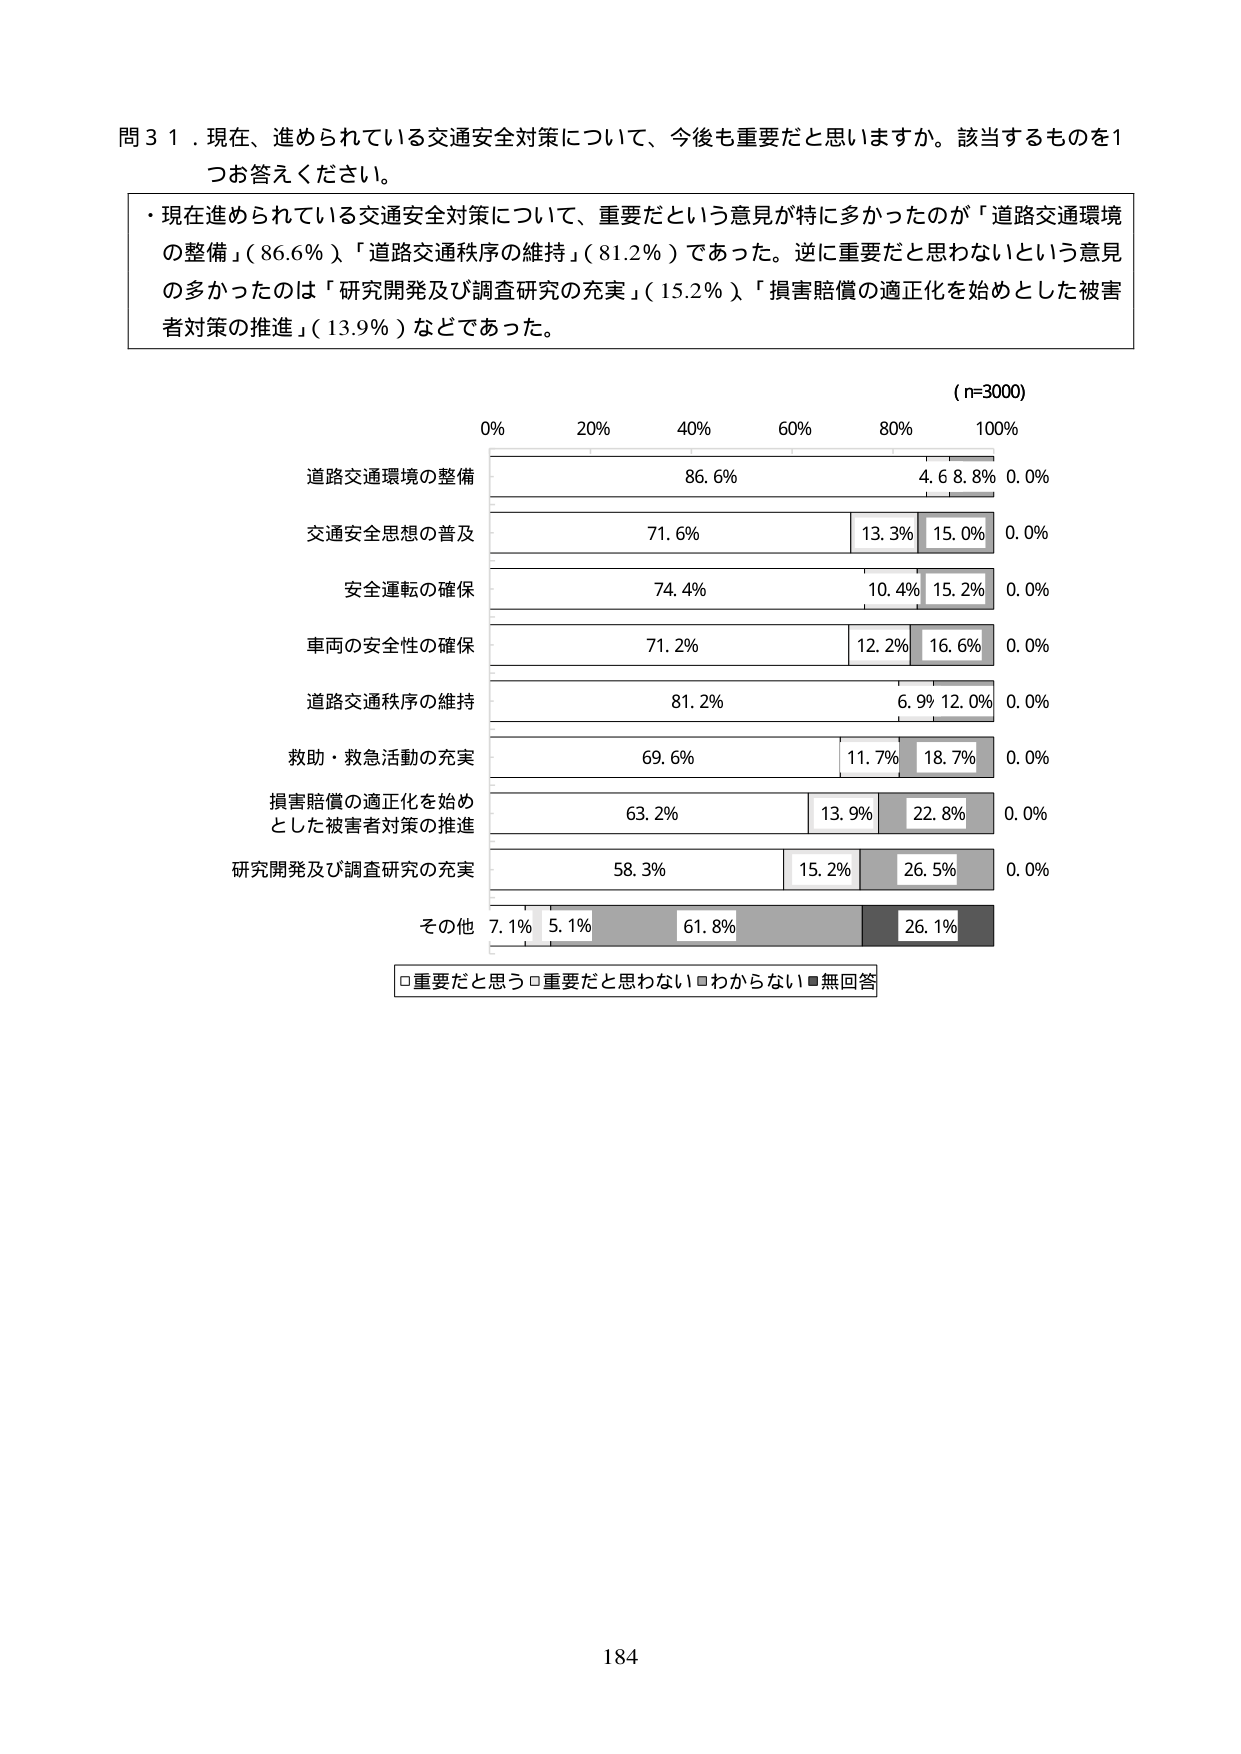
問３１．現在、進められている交通安全対策について、今後も重要だと思いますか。該当するものを1つお答えください。

・現在進められている交通安全対策について、重要だという意見が特に多かったのが「道路交通環境の整備」（86.6％）、「道路交通秩序の維持」（81.2％）であった。逆に重要だと思わないという意見の多かったのは「研究開発及び調査研究の充実」（15.2％）、「損害賠償の適正化を始めとした被害者対策の推進」（13.9％）などであった。

（n=3000）

0% 20% 40% 60% 80% 100%

道路交通環境の整備 86.6% 4.6 8.8% 0.0%

交通安全思想の普及 71.6% 13.3% 15.0% 0.0%

安全運転の確保 74.4% 10.4% 15.2% 0.0%

車両の安全性の確保 71.2% 12.2% 16.6% 0.0%

道路交通秩序の維持 81.2% 6.9% 12.0% 0.0%

救助・救急活動の充実 69.6% 11.7% 18.7% 0.0%

損害賠償の適正化を始めとした被害者対策の推進 63.2% 13.9% 22.8% 0.0%

研究開発及び調査研究の充実 58.3% 15.2% 26.5% 0.0%

その他 7.1% 5.1% 61.8% 26.1%

□重要だと思う □重要だと思わない □わからない ■無回答

184